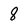
Character: 8